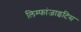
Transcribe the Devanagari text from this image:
लिम्फांजाइटिस